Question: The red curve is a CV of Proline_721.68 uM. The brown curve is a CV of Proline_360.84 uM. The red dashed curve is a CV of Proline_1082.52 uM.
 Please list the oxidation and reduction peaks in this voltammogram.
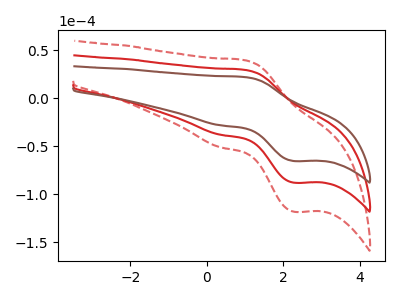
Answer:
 <answer>The red curve "Proline_721.68 uM" has an anodic peak at (1.00V, 29.35uA) and a cathodic peak at (2.30V, -88.10uA). The brown curve "Proline_360.84 uM" has an anodic peak at (1.00V, 21.85uA) and a cathodic peak at (2.30V, -65.60uA). The red dashed curve "Proline_1082.52 uM" has an anodic peak at (1.00V, 58.75uA) and a cathodic peak at (2.30V, -176.20uA).</answer>
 <eval></eval>